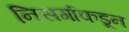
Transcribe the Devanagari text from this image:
निसर्गाकडून